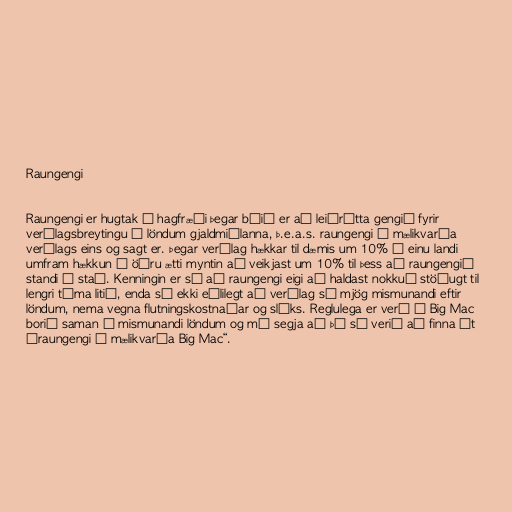
Raungengi

Raungengi er hugtak í hagfræði þegar búið er að leiðrétta gengið fyrir
verðlagsbreytingu í löndum gjaldmiðlanna, þ.e.a.s. raungengi á mælikvarða
verðlags eins og sagt er. Þegar verðlag hækkar til dæmis um 10% í einu landi
umfram hækkun í öðru ætti myntin að veikjast um 10% til þess að raungengið
standi í stað. Kenningin er sú að raungengi eigi að haldast nokkuð stöðugt til
lengri tíma litið, enda sé ekki eðlilegt að verðlag sé mjög mismunandi eftir
löndum, nema vegna flutningskostnaðar og slíks. Reglulega er verð á Big Mac
borið saman í mismunandi löndum og má segja að þá sé verið að finna út
„raungengi á mælikvarða Big Mac“.